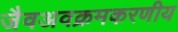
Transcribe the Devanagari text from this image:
जैवअवक्रमकरणीय